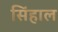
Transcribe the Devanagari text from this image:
सिंहाल